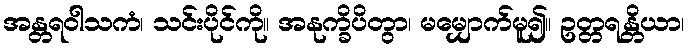
အန္တရဝါသကံ၊ သင်းပိုင်ကို။ အနုက္ခိပိတွာ၊ မမျှောက်မူ၍။ ဥတ္တရန္တိယာ၊